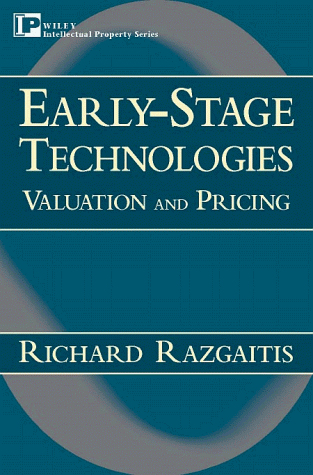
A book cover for Early-Stage Technologies: Valuation and Pricing (Intellectual Property-General, Law, Accounting & Finance, Management, Licensing, Special Topics); Richard Razgaitis; Business & Money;